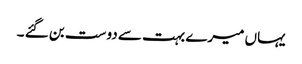
یہاں میرے بہت سے دوست بن گئے ۔